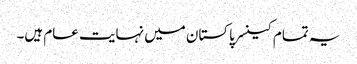
یہ تمام کینسر پاکستان میں نہایت عام ہیں۔